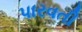
પારવતી